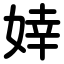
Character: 婞